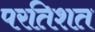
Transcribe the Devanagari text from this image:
परतिशत